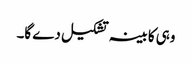
وہی کابینہ تشکیل دے گا۔